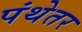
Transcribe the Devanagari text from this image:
पंथेतर